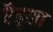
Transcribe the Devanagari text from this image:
रैड्का